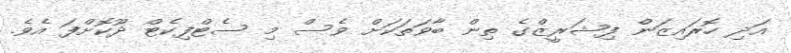
އަދި ހޮރައިޒަން ފިޝަރީޒްގެ ތިން ބާވަތަކަށް ވެސް މި ސެޓްފިކެޓް ދޫކޮށްފަ އެވެ.